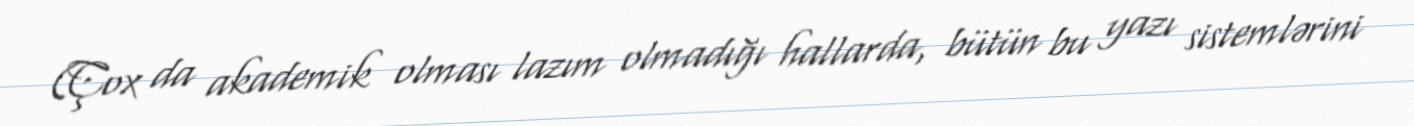
(Çox da akademik olması lazım olmadığı hallarda, bütün bu yazı sistemlərini